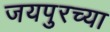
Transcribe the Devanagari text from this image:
जयपुरच्या